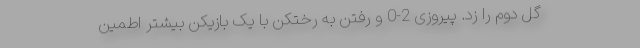
گل دوم را زد. پیروزی 2-0 و رفتن به رختکن با یک بازیکن بیشتر اطمین